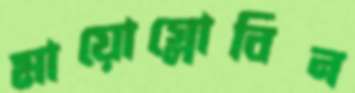
মায়োগ্লোবিন